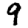
Digit: 9